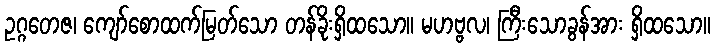
ဥဂ္ဂတေဇ၊ ကျော်စောထက်မြတ်သော တန်ခိုးရှိထသော။ မဟဗ္ဗလ၊ ကြီးသောခွန်အား ရှိထသော။